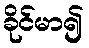
ခိုင်မာ၍